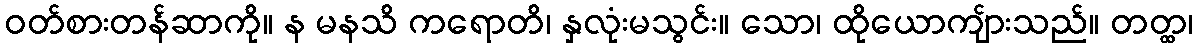
ဝတ်စားတန်ဆာကို။ န မနသိ ကရောတိ၊ နှလုံးမသွင်း။ သော၊ ထိုယောကျ်ားသည်။ တတ္ထ၊